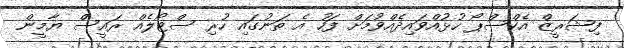
ފިޝަރީޒް އެކްސްޕޯ ހުޅުއްވައިދެއްވުމަށް ފަހު އެ ތަނުގައި ހުރި ސްޓޯލެއް ރައީސް ޔާމީން